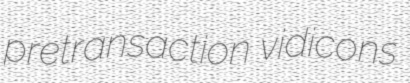
pretransaction vidicons